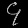
Digit: ၄